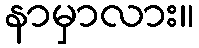
နာမှာလား။